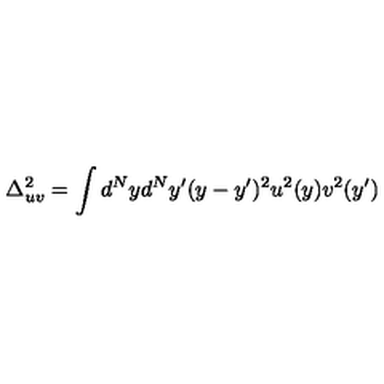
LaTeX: \Delta _ { u v } ^ { 2 } = \int d ^ { N } y d ^ { N } y ^ { \prime } ( y - y ^ { \prime } ) ^ { 2 } u ^ { 2 } ( y ) v ^ { 2 } ( y ^ { \prime } )